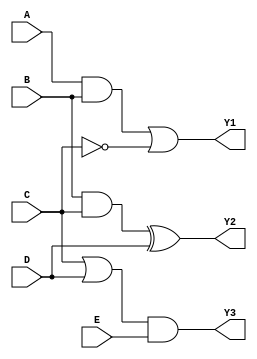
module combinational_logic_block #(
    parameter NUM_INPUTS = 5, // Total number of inputs
    parameter INPUT_WIDTH = 1  // Width of each input (1 for single bit)
)(
    input  wire [INPUT_WIDTH-1:0] A, // Input A
    input  wire [INPUT_WIDTH-1:0] B, // Input B
    input  wire [INPUT_WIDTH-1:0] C, // Input C
    input  wire [INPUT_WIDTH-1:0] D, // Input D
    input  wire [INPUT_WIDTH-1:0] E, // Input E
    output wire [INPUT_WIDTH-1:0] Y1, // Output for Group 1
    output wire [INPUT_WIDTH-1:0] Y2, // Output for Group 2
    output wire [INPUT_WIDTH-1:0] Y3  // Output for Group 3
);

// Logic functions for each overlapping group
assign Y1 = (A & B) | (~C); // Group 1: {A, B, C}
assign Y2 = (B & C) ^ (D);  // Group 2: {B, C, D}
assign Y3 = (C | D) & (E);   // Group 3: {C, D, E}

endmodule